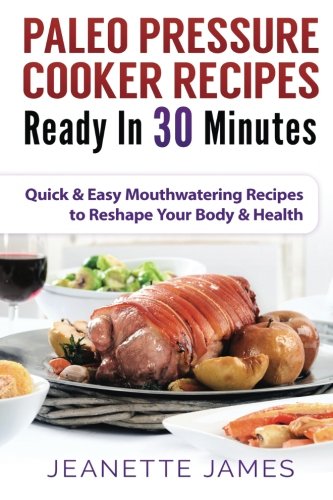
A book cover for Paleo Pressure Cooker Recipes Ready in 30 Minutes: Quick & Easy Mouthwatering Recipes to Reshape Your Body & Health (Volume 1); Jeanette James; Cookbooks, Food & Wine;